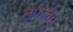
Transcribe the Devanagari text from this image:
लेफेब्व्रेचे